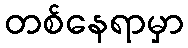
တစ်နေရာမှာ